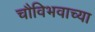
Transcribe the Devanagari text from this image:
चौविभवाच्या